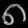
Digit: ၈